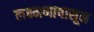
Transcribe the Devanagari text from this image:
लक्ष्मणापासून